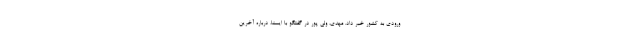
ورودی به کشور خبر داد. مهدی، ولی پور در گفتگو با ایسنا، درباره آخرین